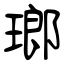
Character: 瑯